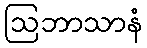
ဩဘာသာနံ